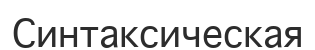
Синтаксическая